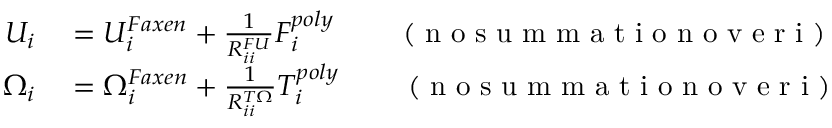
\begin{array} { r l } { U _ { i } } & { { } = U _ { i } ^ { F a x e n } + \frac { 1 } { R _ { i i } ^ { F U } } F _ { i } ^ { p o l y } \qquad \mathrm { ~ ( ~ n ~ o ~ s ~ u ~ m ~ m ~ a ~ t ~ i ~ o ~ n ~ o ~ v ~ e ~ r ~ i ~ ) ~ } } \\ { \Omega _ { i } } & { { } = \Omega _ { i } ^ { F a x e n } + \frac { 1 } { R _ { i i } ^ { T \Omega } } T _ { i } ^ { p o l y } \qquad \mathrm { ~ ( ~ n ~ o ~ s ~ u ~ m ~ m ~ a ~ t ~ i ~ o ~ n ~ o ~ v ~ e ~ r ~ i ~ ) ~ } } \end{array}